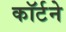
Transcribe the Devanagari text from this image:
कॉर्टने